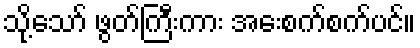
သို့သော် ဖွတ်ကြီးကား အေးစက်စက်ပင်။